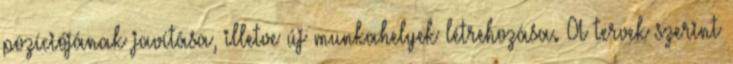
pozíciójának javítása, illetve új munkahelyek létrehozása. A tervek szerint